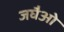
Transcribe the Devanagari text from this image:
जघैओ